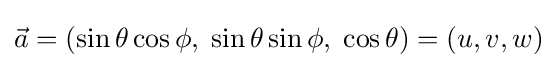
{\vec {a}}=(\sin \theta \cos \phi ,\;\sin \theta \sin \phi ,\;\cos \theta )=(u,v,w)